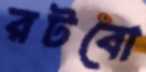
রটবো